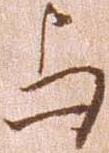
与